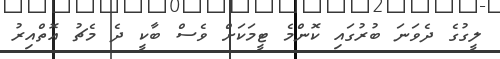
ލީގުގެ ދެވަނަ ބުރުގައި ކޮންމެ ޓީމަކަށް ވެސް ބާކީ ދެ މެޗު އޮތްއިރު